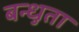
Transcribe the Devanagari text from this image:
बन्धुता